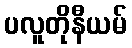
ပလူတိုနီယမ်